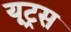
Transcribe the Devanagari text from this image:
यूट्रस